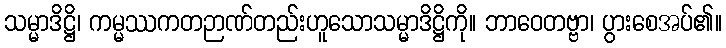
သမ္မာဒိဋ္ဌိ၊ ကမ္မဿကတဉာဏ်တည်းဟူသောသမ္မာဒိဋ္ဌိကို။ ဘာဝေတဗ္ဗာ၊ ပွားစေအပ်၏။